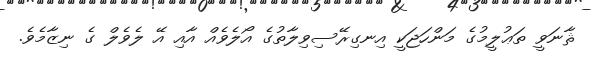
ޘާނަވީ ތަޢުލީމުގެ މަންހަޖަކީ އިނގިރޭސިވިލާތުގެ އޯލެވެއް އާއި އޭ ލެވެލް ގެ ނިޒާމެވެ.